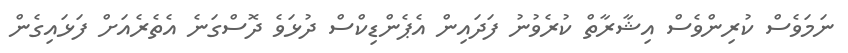
ނަމަވެސް ކުރިންވެސް އިޝާރާތް ކުރެވުނު ފަދައިން އެޕެންޑިކްސް ދުޅަވެ ދޮސްގަނެ އެތެރެއަށް ފަޅައިގެން